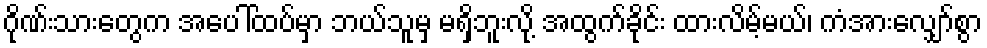
ဂိုဏ်းသားတွေက အပေါ်ထပ်မှာ ဘယ်သူမှ မရှိဘူးလို့ အထွက်ခိုင်း ထားလိမ့်မယ်၊ ကံအားလျှော်စွာ